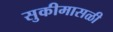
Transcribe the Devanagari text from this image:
सुकीमासळी